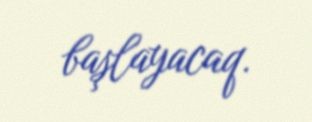
başlayacaq.